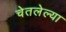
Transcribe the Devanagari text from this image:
चेतलेल्या